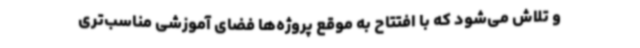
و تلاش می‌شود که با افتتاح به موقع پروژه‌ها فضای آموزشی مناسب‌تری